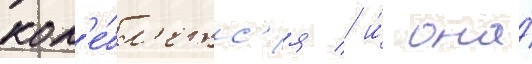
кол'е́бл'етс'я / и́ она́